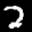
Label: 2